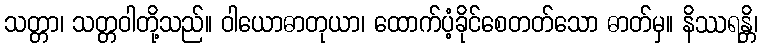
သတ္တာ၊ သတ္တဝါတို့သည်။ ဝါယောဓာတုယာ၊ ထောက်ပံ့ခိုင်စေတတ်သော ဓာတ်မှ။ နိဿရန္တိ၊